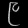
Digit: ၉